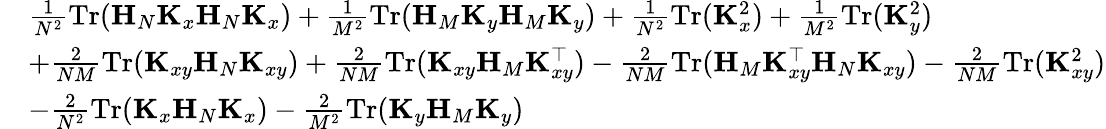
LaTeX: \begin{array}{rl}&{\frac{1}{N^{2}}\mathrm{Tr}(\mathbf H_{N}\mathbf K_{x}\mathbf H_{N}\mathbf K_{x})+\frac{1}{M^{2}}\mathrm{Tr}(\mathbf H_{M}\mathbf K_{y}\mathbf H_{M}\mathbf K_{y})+\frac{1}{N^{2}}\mathrm{Tr}(\mathbf K_{x}^{2})+\frac{1}{M^{2}}\mathrm{Tr}(\mathbf K_{y}^{2})}\\ &{+\frac{2}{NM}\mathrm{Tr}(\mathbf K_{xy}\mathbf H_{N}\mathbf K_{xy})+\frac{2}{NM}\mathrm{Tr}(\mathbf K_{xy}\mathbf H_{M}\mathbf K_{xy}^{\top})-\frac{2}{NM}\mathrm{Tr}(\mathbf H_{M}\mathbf K_{xy}^{\top}\mathbf H_{N}\mathbf K_{xy})-\frac{2}{NM}\mathrm{Tr}(\mathbf K_{xy}^{2})}\\ &{-\frac{2}{N^{2}}\mathrm{Tr}(\mathbf K_{x}\mathbf H_{N}\mathbf K_{x})-\frac{2}{M^{2}}\mathrm{Tr}(\mathbf K_{y}\mathbf H_{M}\mathbf K_{y})}\end{array}